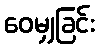
ဝေမျှခြင်း